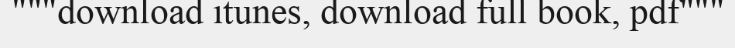
"""download itunes, download full book, pdf"""